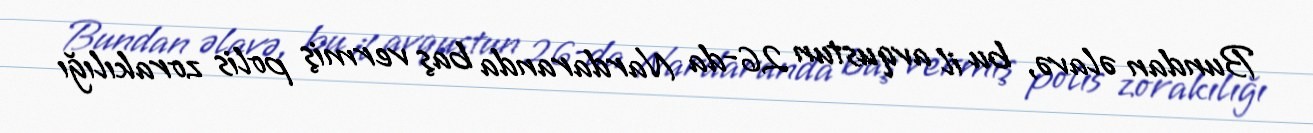
Bundan əlavə, bu il avqustun 26-da Nardaranda baş vermiş polis zorakılığı